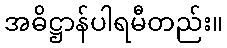
အဓိဋ္ဌာန်ပါရမီတည်း။